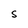
Character: S